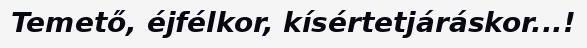
Temető, éjfélkor, kísértetjáráskor...!